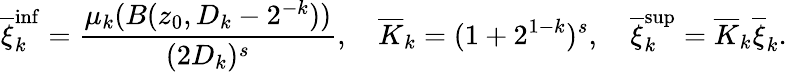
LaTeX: \overline{{\xi}}_{k}^{\operatorname*{inf}}=\frac{\mu_{k}(B(z_{0},D_{k}-2^{-k}))}{(2D_{k})^{s}},\quad\overline{{K}}_{k}=(1+2^{1-k})^{s},\quad\overline{{\xi}}_{k}^{\operatorname*{sup}}=\overline{{K}}_{k}\overline{{\xi}}_{k}.